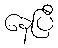
နေပြီ